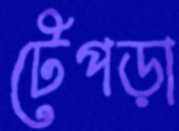
টেপড়া